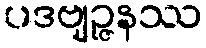
ပဒဗျဉ္ဇနဿ